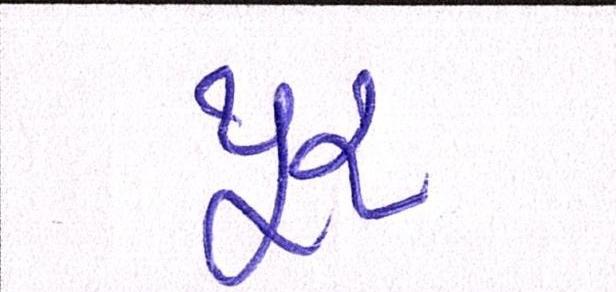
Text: પૂર